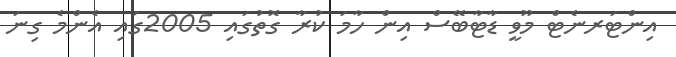
އިންޓަރނެޓް މޫވީ ޑާޓާބޭސް އިން ހާމަ ކުރާ ގޮތުގައި 2005ގައި އެންމެ ގިނަ